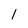
Character: 1